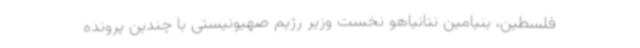
فلسطین، بنیامین نتانیاهو نخست وزیر رژیم صهیونیستی با چندین پرونده